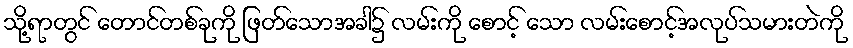
သို့ရာတွင် တောင်တစ်ခုကို ဖြတ်သောအခါ၌ လမ်းကို စောင့် သော လမ်းစောင့်အလုပ်သမားတဲကို